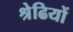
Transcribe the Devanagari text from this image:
श्रेढियों